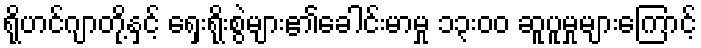
ရိုဟင်ဂျာတို့နှင့် ရှေးရိုးစွဲများ၏ခေါင်းမာမှု ၁၃းဝဝ ဆူပူမှုများကြောင့်